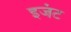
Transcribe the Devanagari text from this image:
इजंट